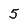
Character: 5